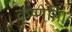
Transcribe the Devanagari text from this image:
कृष्णेति।